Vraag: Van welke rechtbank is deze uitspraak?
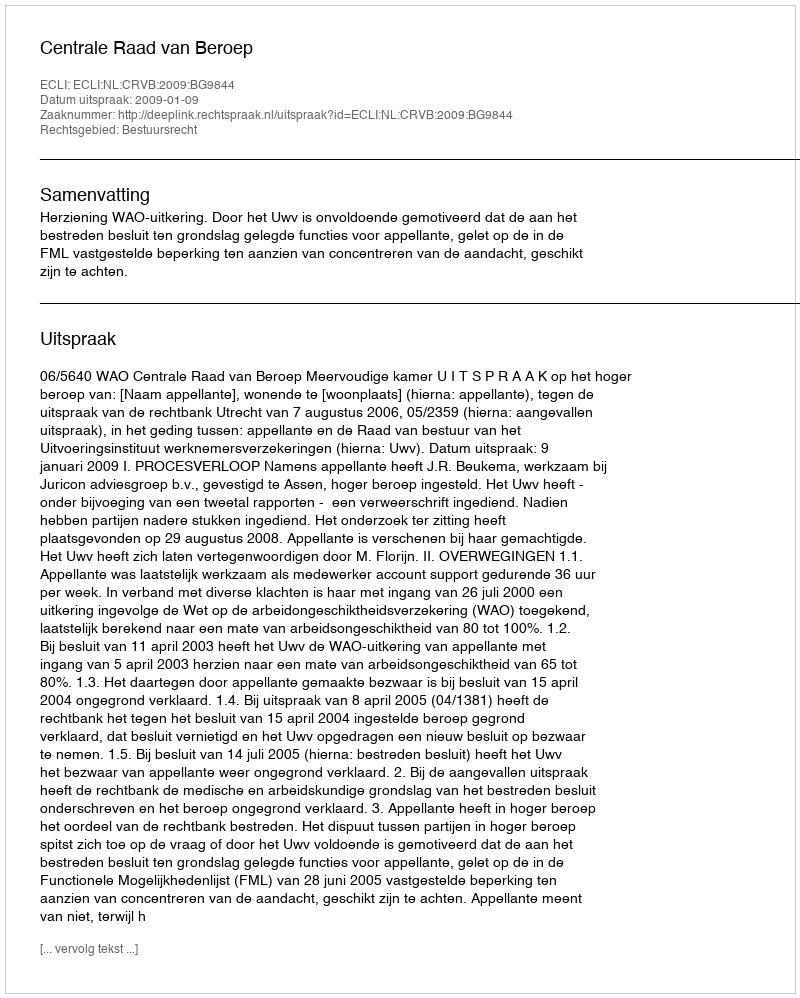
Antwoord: Centrale Raad van Beroep